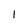
Character: 1